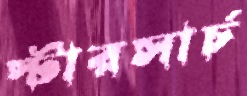
স্টারসার্চ